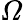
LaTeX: \varOmega